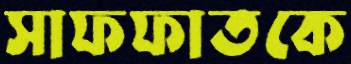
সাফফাতকে